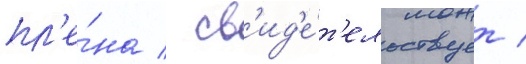
пл'е́на / св'ид'е́т'ельствует /